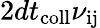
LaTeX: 2dt_{\mathrm{coll}}\nu_{\mathrm{ij}}